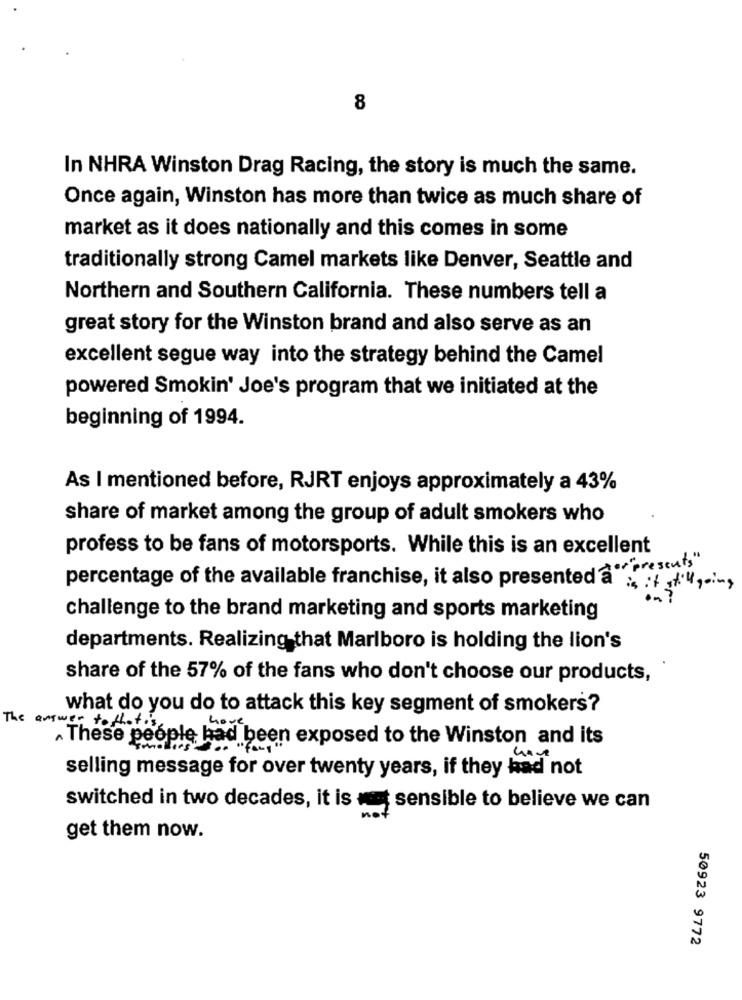
8
In NHRA Winston Drag Racing, the story is much the same.
Once again, Winston has more than twice as much share of
market as it does nationally and this comes in some
traditionally strong Camel markets like Denver, Seattle and
Northern and Southern California. These numbers tell a
great story for the Winston brand and also serve as an
excellent segue way into the strategy behind the Camel
powered Smokin' Joe's program that we initiated at the
beginning of 1994.
As I mentioned before, RJRT enjoys approximately a 43%
share of market among the group of adult smokers who
profess to be fans of motorsports. While this is an excellent
percentage of the available franchise, it also presented " presents
is it still going
challenge to the brand marketing and sports marketing
departments. Realizing that Marlboro is holding the lion's
share of the 57% of the fans who don't choose our products,
what do you do to attack this key segment of smokers?
The answer to that's
These people had been exposed to the Winston and its
selling message for over twenty years, if they had not
switched in two decades, it is not sensible to believe we can
get them now.
50923 9772